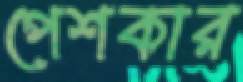
পেশকার